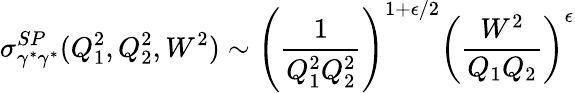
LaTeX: \sigma_{\gamma^{*}\gamma^{*}}^{SP}(Q_{1}^{2},Q_{2}^{2},W^{2})\sim\left({\frac{1}{Q_{1}^{2}Q_{2}^{2}}}\right)^{1+\epsilon/2}\left({\frac{W^{2}}{Q_{1}Q_{2}}}\right)^{\epsilon}